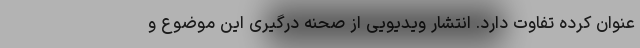
عنوان کرده تفاوت‌ دارد. انتشار ویدیویی از صحنه درگیری این موضوع و